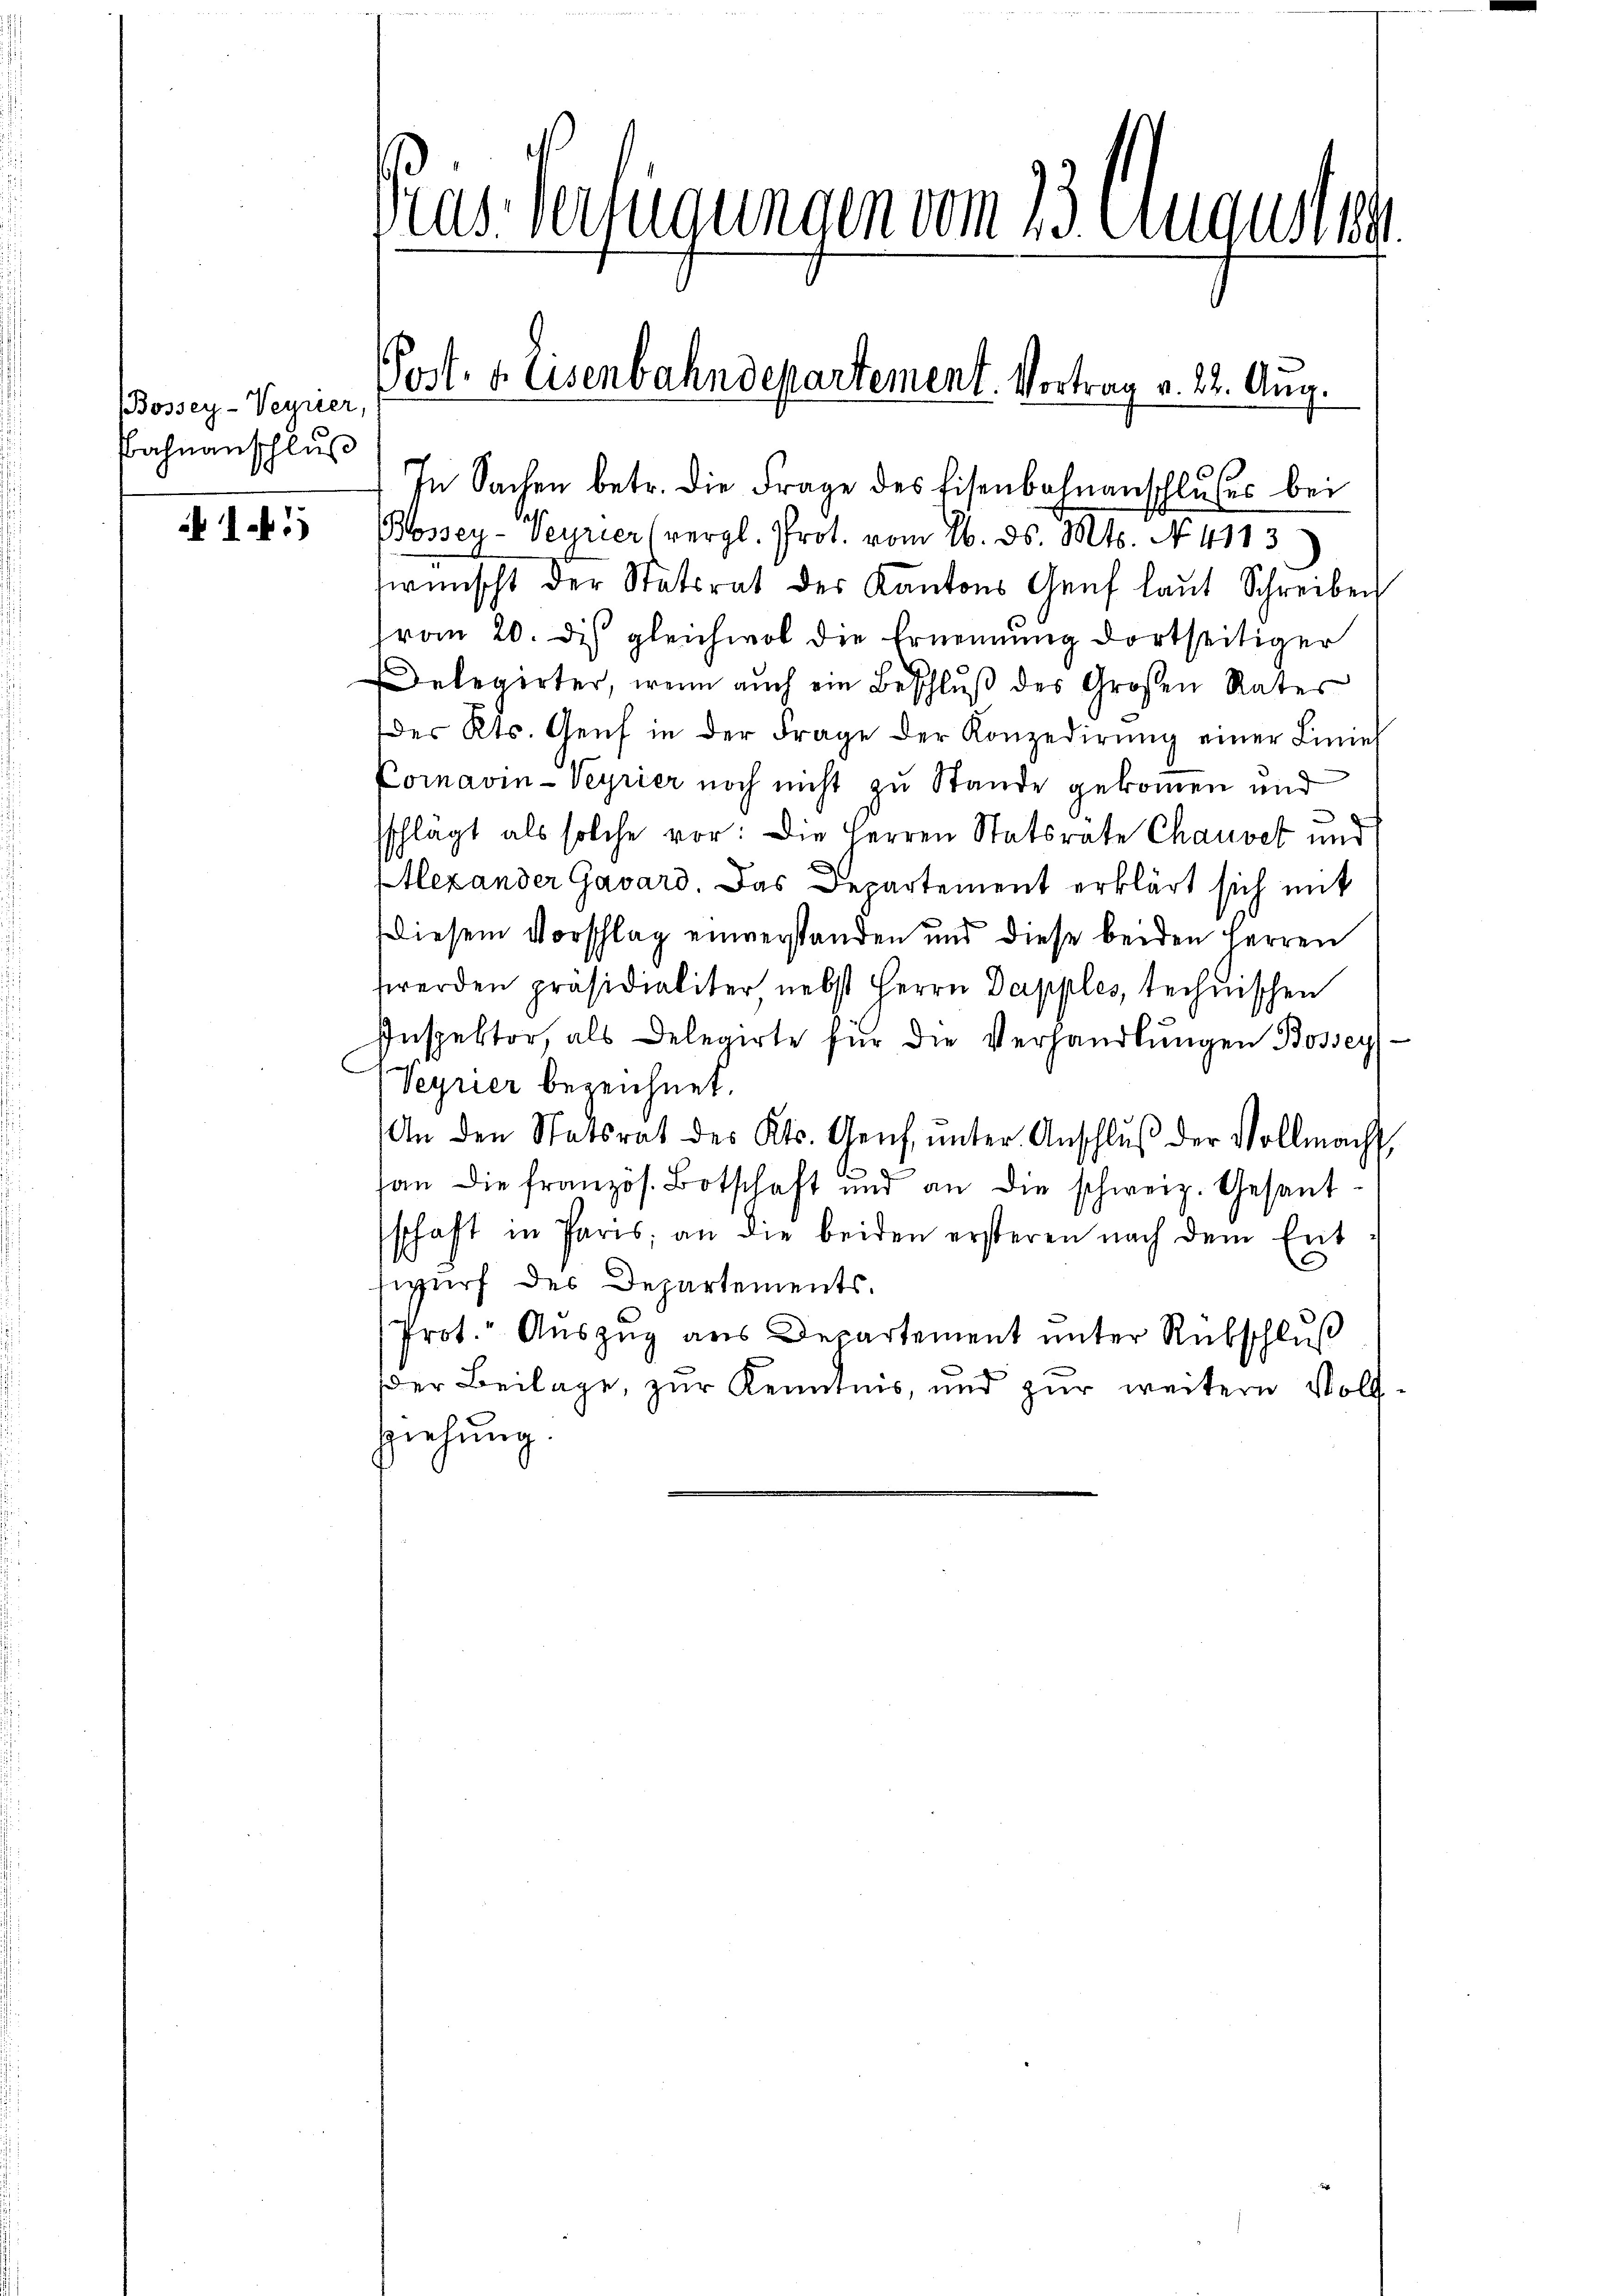
BBossey-Verner
Bahnanschlus

1.41)

In Sachen betr. die Frage des Eisenbahnanschlußes bei
Bossey-Veyrier (vergl. Prot. vom 16. ds. Mts. N. 4113
wünscht der Statsrat der Kantons Genf laut Schreiben
ran 20. dis gleichwol die Ernennung dortseitiger
Delegirter, wenn auch ein Beschluß des Großen Rates
des Kts. Genf in der Frage der Konzedirŭng einer Linie
Comavin-Veyrier noch nicht zu Stande gekommen und
sschlagt als solche vor: Die Herren Statsrate Chauvet und
Alexander Gavard. Das Departement erklärt sich mit
Diesem Vorschlag einverstanden und diese beiden Herren
werden präsidialiter nebst Herrn Dapples, technischen
Inspektor, als Delegirte für die Verhandlŭngen Bossey¬
Seyrier bezeichnet.
An den Statsrat des Kts. Genf, ŭnter Anschlŭβ der Vollmacht
e
an die französ. Botschaft und an die schweiz. Gesant-
schaft in Paris, an die beiden ersteren nach dem Ent
swurf des Departements.
Prot. Auszug aus Departement unter Rubschluß
der Beilage, zur Kenntnis, und zur weiteren Voll
ziehung

Pras Verfügungen vom 13. Augusten

PPost- u. Eisenbahndepartement. Vortrag v. 22. Aug.